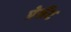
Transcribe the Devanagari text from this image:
प्रेसेंट